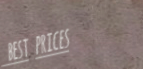
best prices